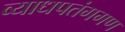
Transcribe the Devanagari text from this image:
व्याधपतंगगण